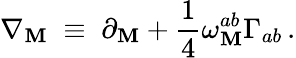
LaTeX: \nabla_{\mathbf{M}}\; \equiv\; \partial_{\mathbf{M}}+\frac{{1}}{{4}}\omega_{\mathbf{M}}^{ab}\Gamma_{ab}\, .